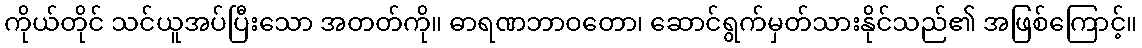
ကိုယ်တိုင် သင်ယူအပ်ပြီးသော အတတ်ကို။ ဓာရဏဘာဝတော၊ ဆောင်ရွက်မှတ်သားနိုင်သည်၏ အဖြစ်ကြောင့်။